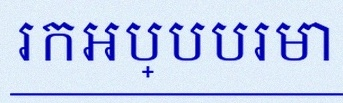
រកអប្បបរមា